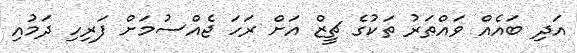
އަދި ބައެއް ވައްތަރު ތަކުގެ ޗީޒް އަށް ރަހަ ޖެއްސުމަށް ފަރިހި ދަމުއި